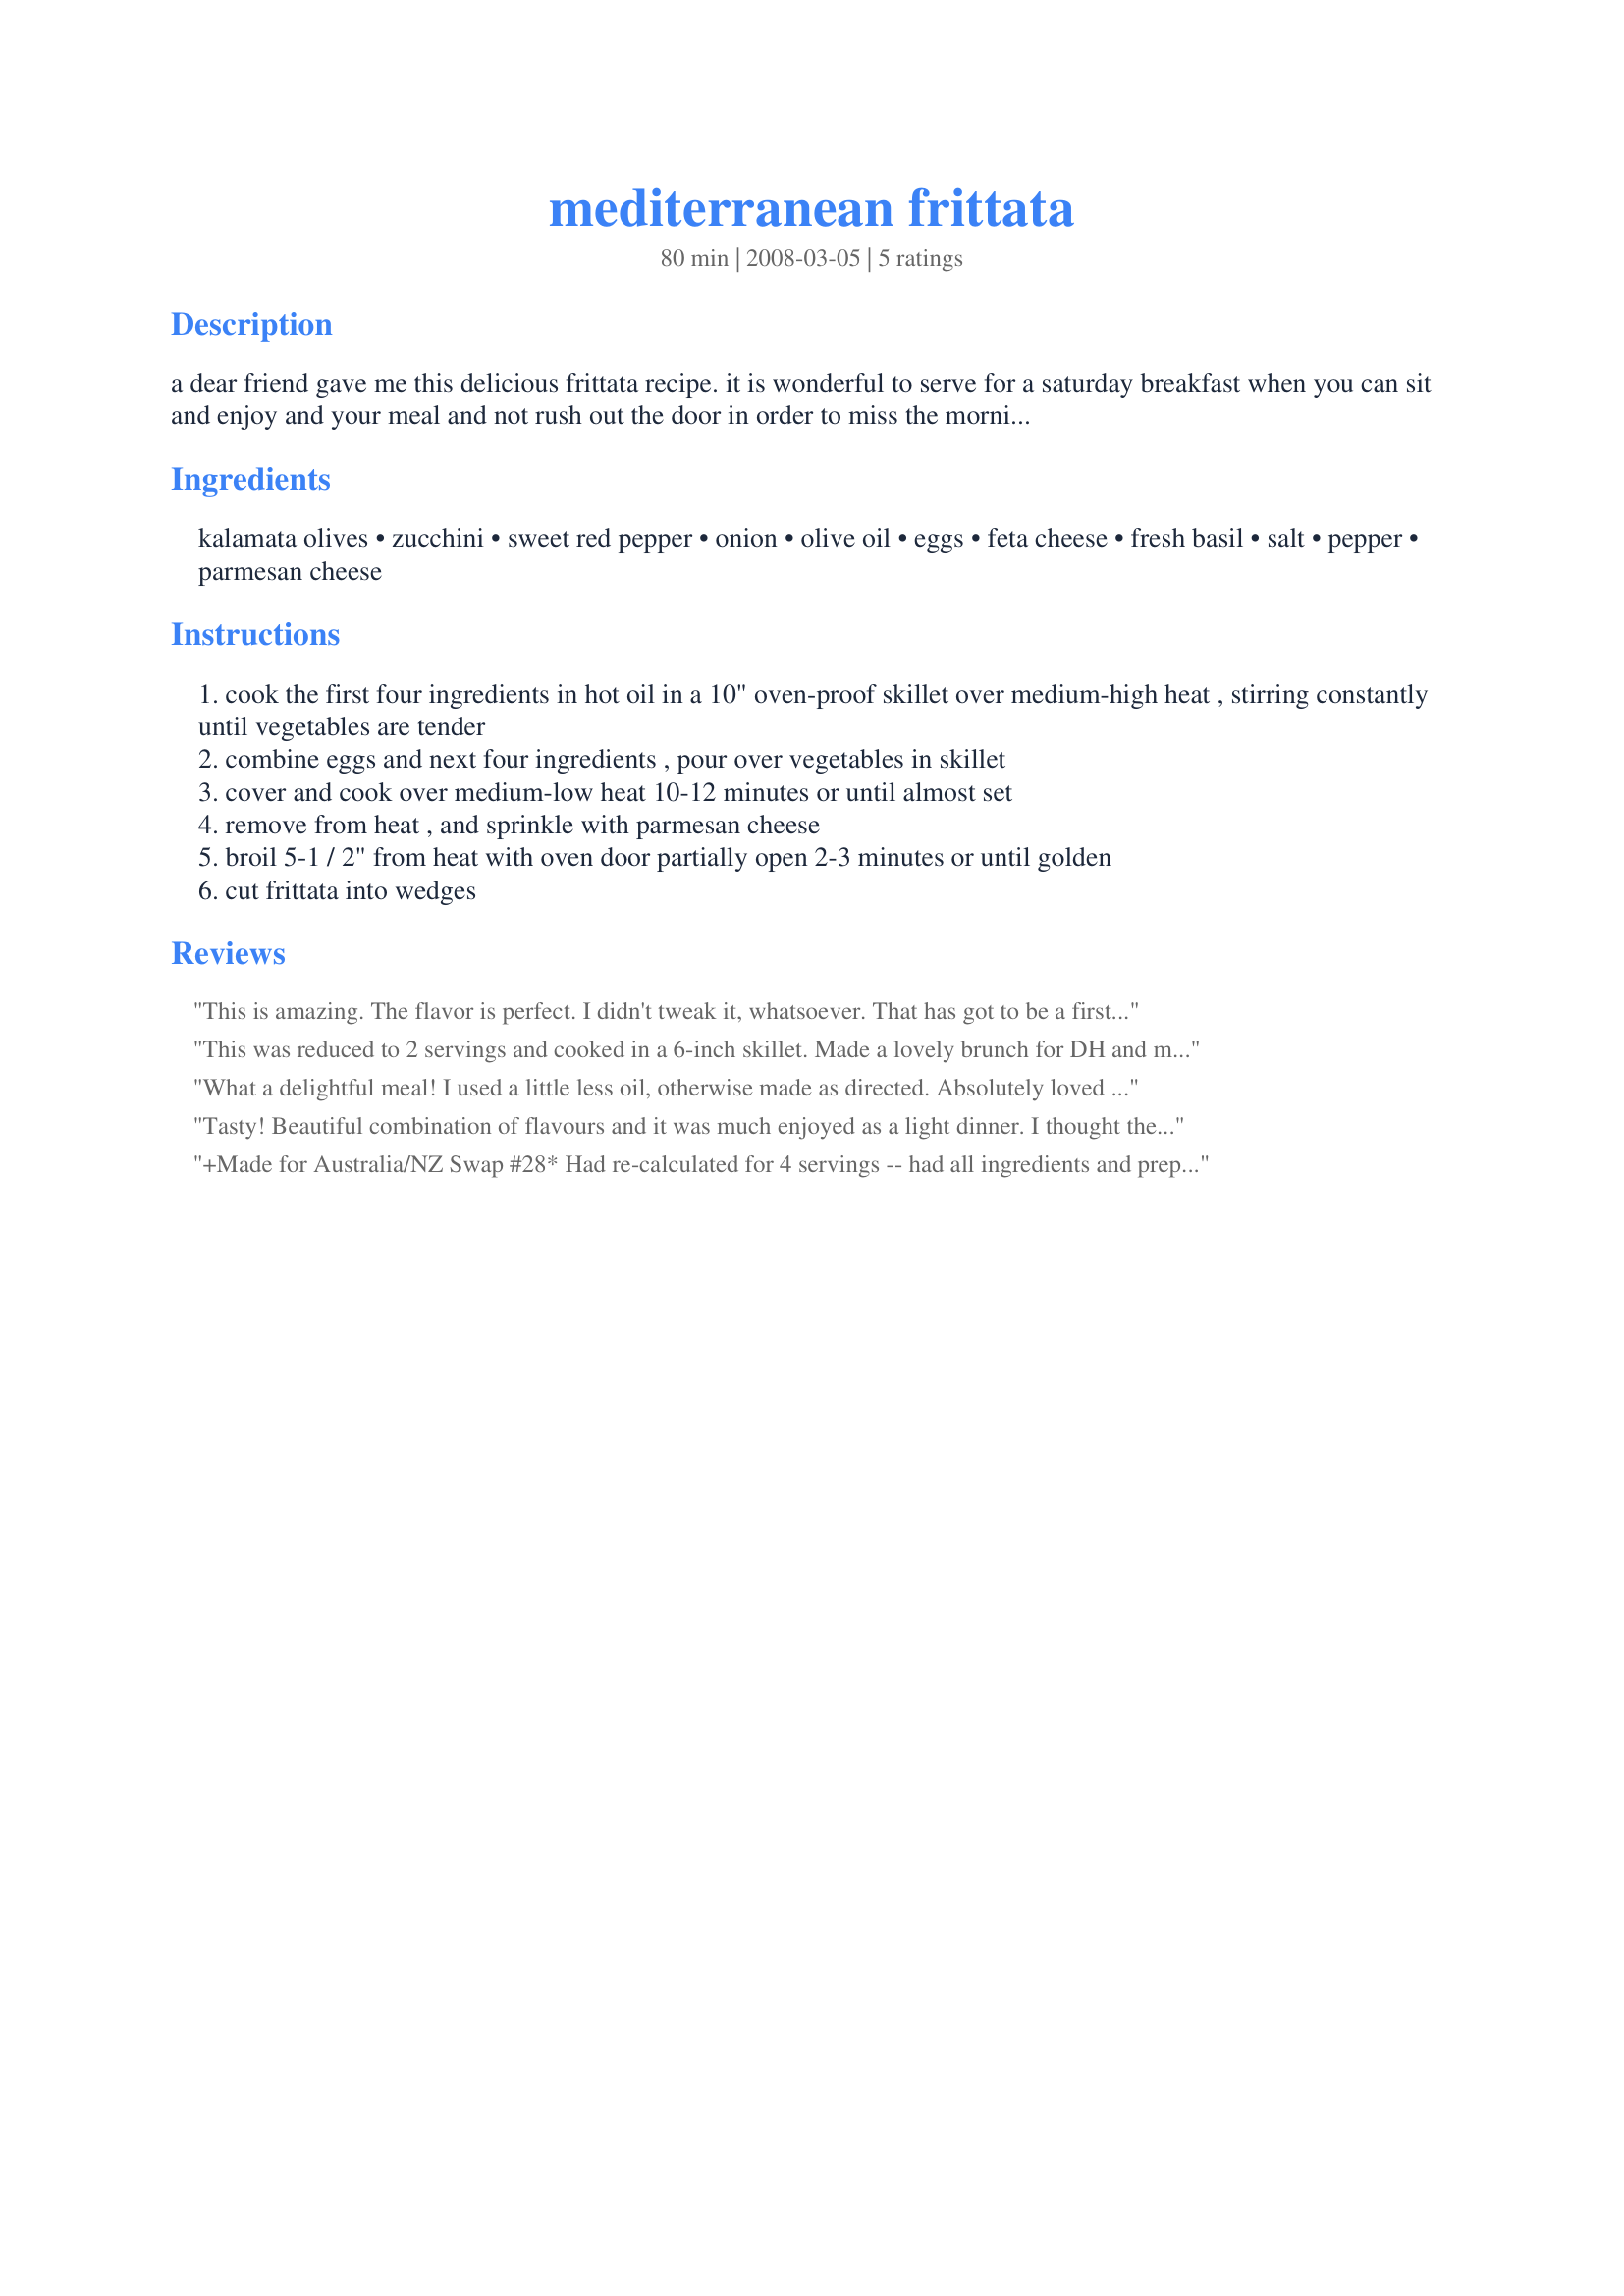
mediterranean frittata
Preparation time: 80 minutes

a dear friend gave me this delicious frittata recipe. it is wonderful to serve for a saturday breakfast when you can sit and enjoy and your meal and not rush out the door in order to miss the morning traffic.

Ingredients:
kalamata olives, zucchini, sweet red pepper, onion, olive oil, eggs, feta cheese, fresh basil, salt, pepper, parmesan cheese

Steps:
cook the first four ingredients in hot oil in a 10" oven-proof skillet over medium-high heat , stirring constantly until vegetables are tender
combine eggs and next four ingredients , pour over vegetables in skillet
cover and cook over medium-low heat 10-12 minutes or until almost set
remove from heat , and sprinkle with parmesan cheese
broil 5-1 / 2" from heat with oven door partially open 2-3 minutes or until golden
cut frittata into wedges

Reviews:
This is amazing. The flavor is perfect. I didn't tweak it, whatsoever. That has got to be a first! This will be in our rotation of meatless EGGSiting dinner dishes. The timing was spot on as well. Just perfect.
This was reduced to 2 servings and cooked in a 6-inch skillet. Made a lovely brunch for DH and me. By flipping this onto a plate and sliding it back into the pan, it was cooked entirely on top of the stove.
What a delightful meal! I used a little less oil, otherwise made as directed. Absolutely loved all that fresh basil with all those veggies and the feta. Easy to make and full of flavor - thanks for sharing a keeper!
Tasty! Beautiful combination of flavours and it was much enjoyed as a light dinner. I thought the quantity of olive oil may have been a little too much at first but using a good quality one it really added to the dish and kept it all nice and moist.
+Made for Australia/NZ Swap #28*
Had re-calculated for 4 servings -- had all ingredients and prepared as directed. Was a really lovely light dinner, with leftovers ! Thanks, Chef Buggsy, for posting !
